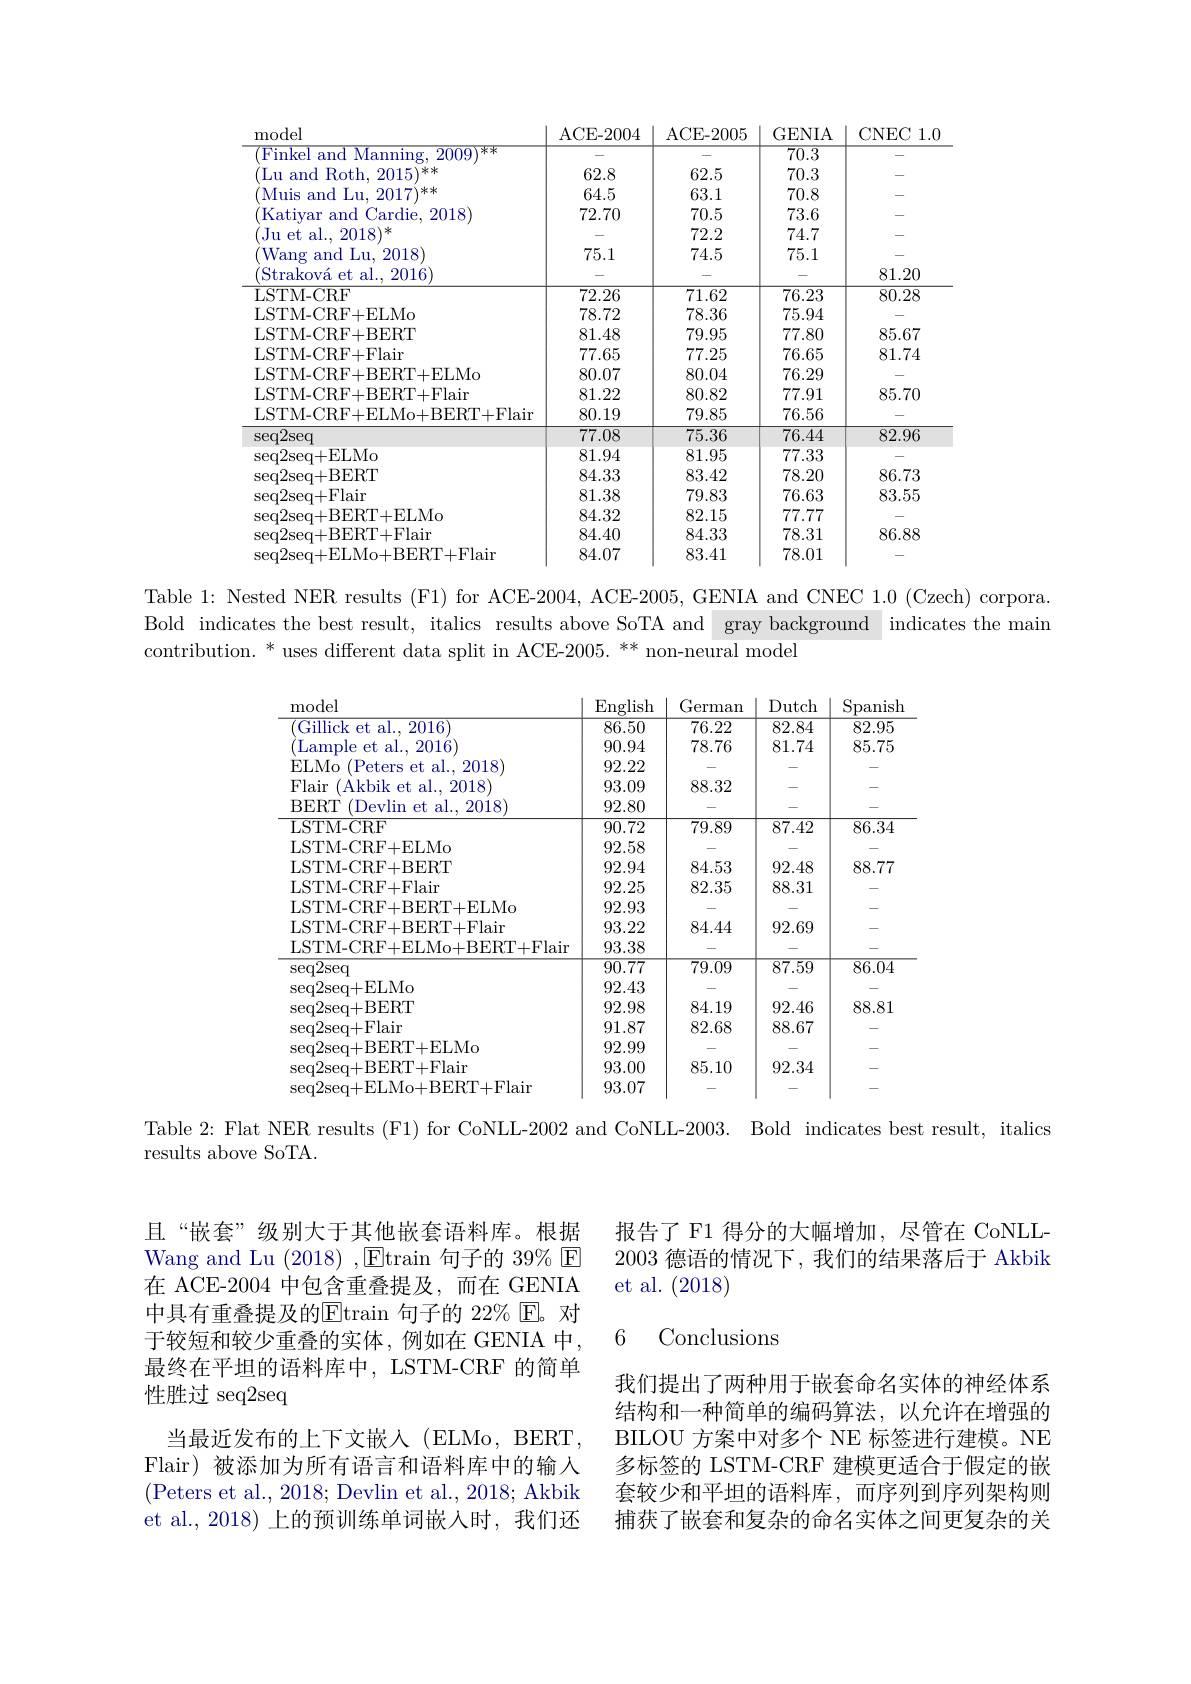
<table>
	<tbody>
		<tr>
			<th>model</th>
			<th>ACE- 2004</th>
			<th>ACE- 2005</th>
			<th>GENIA</th>
			<th>CNEC 1.0</th>
		</tr>
		<tr>
			<td>Finkel and Manning, 2009 $\overline{\text{米米}}$</td>
			<td> </td>
			<td> </td>
			<td>$\overline{70.3}$</td>
			<td> </td>
		</tr>
		<tr>
			<td>Lu and Roth, 2015 **</td>
			<td>62.8</td>
			<td>62.5</td>
			<td>70.3</td>
			<td> </td>
		</tr>
		<tr>
			<td>Muis and Lu, 2017 1**</td>
			<td>64.5</td>
			<td>63.1</td>
			<td>70.8</td>
			<td> </td>
		</tr>
		<tr>
			<td>Katiyar and Cardie, 2018</td>
			<td>72.70</td>
			<td>70.5</td>
			<td>73.6</td>
			<td> </td>
		</tr>
		<tr>
			<td>Ju et al., 2018 1米</td>
			<td> </td>
			<td>72.2</td>
			<td>74.7</td>
			<td> </td>
		</tr>
		<tr>
			<td>Wang and Lu, 2018</td>
			<td>75.1</td>
			<td>74.5</td>
			<td>75.1</td>
			<td> </td>
		</tr>
		<tr>
			<td>$^{\prime }$Strakov$\' {a}$etal. , 2016</td>
			<td> </td>
			<td> </td>
			<td> </td>
			<td>81.20</td>
		</tr>
		<tr>
			<td>LSTM- CRF</td>
			<td>72.26</td>
			<td>71.62</td>
			<td>76.23</td>
			<td>80.28</td>
		</tr>
		<tr>
			<td>LSTM-CRF+ELMo</td>
			<td>78.72</td>
			<td>78.36</td>
			<td>75.94</td>
			<td> </td>
		</tr>
		<tr>
			<td>LSTM-CRF+BERT</td>
			<td>81.48</td>
			<td>79.95</td>
			<td>77.80</td>
			<td>85.67</td>
		</tr>
		<tr>
			<td>LSTM-CRF+Flair</td>
			<td>77.65</td>
			<td>77.25</td>
			<td>76.65</td>
			<td>81.74</td>
		</tr>
		<tr>
			<td>LSTM-CRF+BERT+ELMo</td>
			<td>80.07</td>
			<td>80.04</td>
			<td>76.29</td>
			<td> </td>
		</tr>
		<tr>
			<td>LSTM-CRF+BERT+Flair</td>
			<td>81.22</td>
			<td>80.82</td>
			<td>77.91</td>
			<td>85.70</td>
		</tr>
		<tr>
			<td>LSTM-CRF+ELMo+BERT+Flair</td>
			<td>80.19</td>
			<td>79.85</td>
			<td>76.56</td>
			<td> </td>
		</tr>
		<tr>
			<td>$\sec2\sec$</td>
			<td>77.08</td>
			<td>75.36</td>
			<td>76.44</td>
			<td>82.96</td>
		</tr>
		<tr>
			<td>$\operatorname{seq2seq+ELMo}$</td>
			<td>81.94</td>
			<td>81.95</td>
			<td>77.33</td>
			<td> </td>
		</tr>
		<tr>
			<td>$\operatorname{seq2seq+BERT}$</td>
			<td>84.33</td>
			<td>83.42</td>
			<td>78.20</td>
			<td>86.73</td>
		</tr>
		<tr>
			<td>$\operatorname{seq}2$seq+Flair</td>
			<td>81.38</td>
			<td>79.83</td>
			<td>76.63</td>
			<td>83.55</td>
		</tr>
		<tr>
			<td>seq2seq+ BERT+ ELMo</td>
			<td>84.32</td>
			<td>82.15</td>
			<td>77.77</td>
			<td> </td>
		</tr>
		<tr>
			<td>seq2seq+ BERT+ Flair</td>
			<td>84.40</td>
			<td>84.33</td>
			<td>78.31</td>
			<td>86.88</td>
		</tr>
		<tr>
			<td>seq2seq+ ELMo+ BERT+ Flair</td>
			<td>84.07</td>
			<td>83.41</td>
			<td>78.01</td>
			<td> </td>
		</tr>
	</tbody>
</table>

Table 1: Nested NER results (F1) for ACE-2004, ACE-2005, GENIA and CNEC 1.0 (Czech) corpora. Bold indicates the best result, italics results above SoTA and gray background indicates the mair contribution. $^*$ uses different data split in ACE-2005. ** non-neural model

<table>
	<tbody>
		<tr>
			<th>model</th>
			<th>English</th>
			<th>German</th>
			<th>Dutch</th>
			<th>Spanish</th>
		</tr>
		<tr>
			<td>Gillick et al., 2016</td>
			<td>86.50</td>
			<td>76.22</td>
			<td>82.84</td>
			<td>82.95</td>
		</tr>
		<tr>
			<td>Lample et al. , 2016</td>
			<td>90.94</td>
			<td>78.76</td>
			<td>81.74</td>
			<td>85.75</td>
		</tr>
		<tr>
			<td>ELMo (Peters et al..2018</td>
			<td>92.22</td>
			<td> </td>
			<td> </td>
			<td> </td>
		</tr>
		<tr>
			<td>Flair (Akbik et al. 2018 1</td>
			<td>93.09</td>
			<td>88.32</td>
			<td> </td>
			<td> </td>
		</tr>
		<tr>
			<td>BERT $^{\prime }$Devlin et al. , 2018</td>
			<td>92.80</td>
			<td> </td>
			<td> </td>
			<td> </td>
		</tr>
		<tr>
			<td>LSTM- CRF</td>
			<td>90.72</td>
			<td>79.89</td>
			<td>87.42</td>
			<td>86.34</td>
		</tr>
		<tr>
			<td>LSTM-CRF+ELMo</td>
			<td>92.58</td>
			<td> </td>
			<td> </td>
			<td> </td>
		</tr>
		<tr>
			<td>LSTM-CRF+BERT</td>
			<td>92.94</td>
			<td>84.53</td>
			<td>92.48</td>
			<td>88.77</td>
		</tr>
		<tr>
			<td>LSTM-CRF+Flain</td>
			<td>92.25</td>
			<td>82.35</td>
			<td>88.31</td>
			<td> </td>
		</tr>
		<tr>
			<td>LSTM-CRF+BERT+ELMo</td>
			<td>92.93</td>
			<td> </td>
			<td> </td>
			<td> </td>
		</tr>
		<tr>
			<td>LSTM-CRF+BERT+Flair</td>
			<td>93.22</td>
			<td>84.44</td>
			<td>92.69</td>
			<td> </td>
		</tr>
		<tr>
			<td>LSTM-CRF+ELMo+BERT+Flair</td>
			<td>93.38</td>
			<td> </td>
			<td> </td>
			<td> </td>
		</tr>
		<tr>
			<td>$\operatorname{seq2seq}$</td>
			<td>$\overline{90.77}$</td>
			<td>$\overline{79.09}$</td>
			<td>$\overline{87.59}$</td>
			<td>$\overline{86.04}$</td>
		</tr>
		<tr>
			<td>$\operatorname{seq2seq+ELMo}$</td>
			<td>92.43</td>
			<td> </td>
			<td> </td>
			<td> </td>
		</tr>
		<tr>
			<td>$\operatorname{seq2seq+BERT}$</td>
			<td>92.98</td>
			<td>84.19</td>
			<td>92.46</td>
			<td>88.81</td>
		</tr>
		<tr>
			<td>$\operatorname{seq2seq+Flair}$</td>
			<td>91.87</td>
			<td>82.68</td>
			<td>88.67</td>
			<td> </td>
		</tr>
		<tr>
			<td>seq2seq+ BERT+ ELMo</td>
			<td>92.99</td>
			<td> </td>
			<td> </td>
			<td> </td>
		</tr>
		<tr>
			<td>seq2seq+ BERT+ Flair</td>
			<td>93.00</td>
			<td>85.10</td>
			<td>92.34</td>
			<td> </td>
		</tr>
		<tr>
			<td>seq2seq+ELMo+BERT+Flair</td>
			<td>93.07</td>
			<td> </td>
			<td> </td>
			<td> </td>
		</tr>
	</tbody>
</table>

Table 2: Flat NER results (F1) for CoNLL-2002 and CoNLL-2003. Bold indicates best result, italics

results above SoTA.

且“嵌套”级别大于其他嵌套语料库。根据Wang and Lu (2018) ,$\boxed{\mathrm{E}}$train 句子的 39% $\boxed{\mathrm{E}}$ 在 ACE-2004 中包含重叠提及，而在 GENIA 中具有重叠提及的$\overline{\mathrm{Etrain}}$ 句子的 22% E。对于较短和较少重叠的实体，例如在 GENIA 中， 最终在平坦的语料库中，LSTM-CRF 的简单性胜过 seq2seq
当最近发布的上下文嵌人(ELMo,BERT, Flair) 被添加为所有语言和语料库中的输入(Peters et al., 2018; Devlin et al., 2018; Akbik et al., 2018) 上的预训练单词嵌人时，我们还

报告了 F1 得分的大幅增加，尽管在 CoNLL- 2003德语的情况下，我们的结果落后于 Akbik et al. (2018)

### 6 Conclusions

我们提出了两种用于嵌套命名实体的神经体系结构和一种简单的编码算法，以允许在增强的BILOU 方案中对多个 NE 标签进行建模。NE 多标签的 LSTM-CRF 建模更适合于假定的嵌套较少和平坦的语料库，而序列到序列架构则捕获了嵌套和复杂的命名实体之间更复杂的关